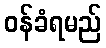
ဝန်ခံရမည်